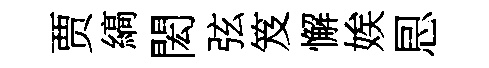
贾縞閎弦笈懈娭㤙